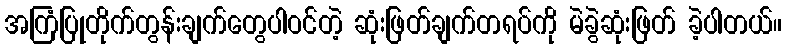
အကြံပြုတိုက်တွန်းချက်တွေပါဝင်တဲ့ ဆုံးဖြတ်ချက်တရပ်ကို မဲခွဲဆုံးဖြတ် ခဲ့ပါတယ်။